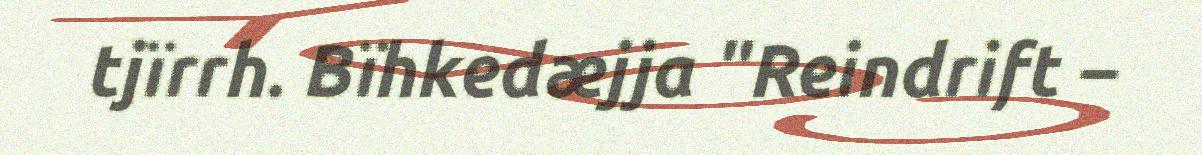
tjïrrh. Bïhkedæjja "Reindrift –